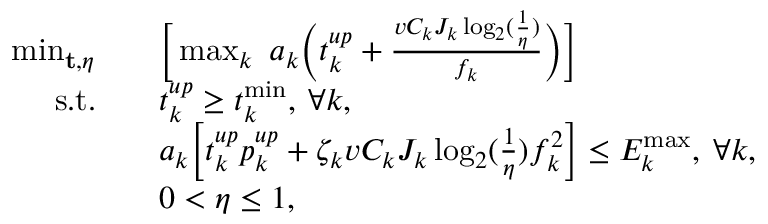
\begin{array} { r l } { \operatorname * { m i n } _ { \mathbf { t } , \eta } \quad } & { \Big [ \operatorname * { m a x } _ { k } ~ a _ { k } \Big ( t _ { k } ^ { u p } + \frac { v C _ { k } J _ { k } \log _ { 2 } ( \frac { 1 } { \eta } ) } { f _ { k } } \Big ) \Big ] } \\ { \mathrm { s . t . \quad } } & { t _ { k } ^ { u p } \geq t _ { k } ^ { \operatorname* { m i n } } , \: \forall k , } \\ & { a _ { k } \Big [ t _ { k } ^ { u p } p _ { k } ^ { u p } + \zeta _ { k } v C _ { k } J _ { k } \log _ { 2 } ( \frac { 1 } { \eta } ) f _ { k } ^ { 2 } \Big ] \leq { { E } } _ { k } ^ { \operatorname* { m a x } } , \: \forall k , } \\ & { 0 < \eta \leq 1 , } \end{array}